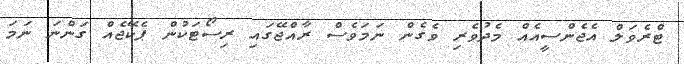
ޓްރެވަލް އެޖެންސީއެއް މެދުވެރި ވެގެން ނަމަވެސް ރާއްޖޭގައި ރިސޯޓަކުން ޕެކޭޖެއް ގަންނަ ނަމަ